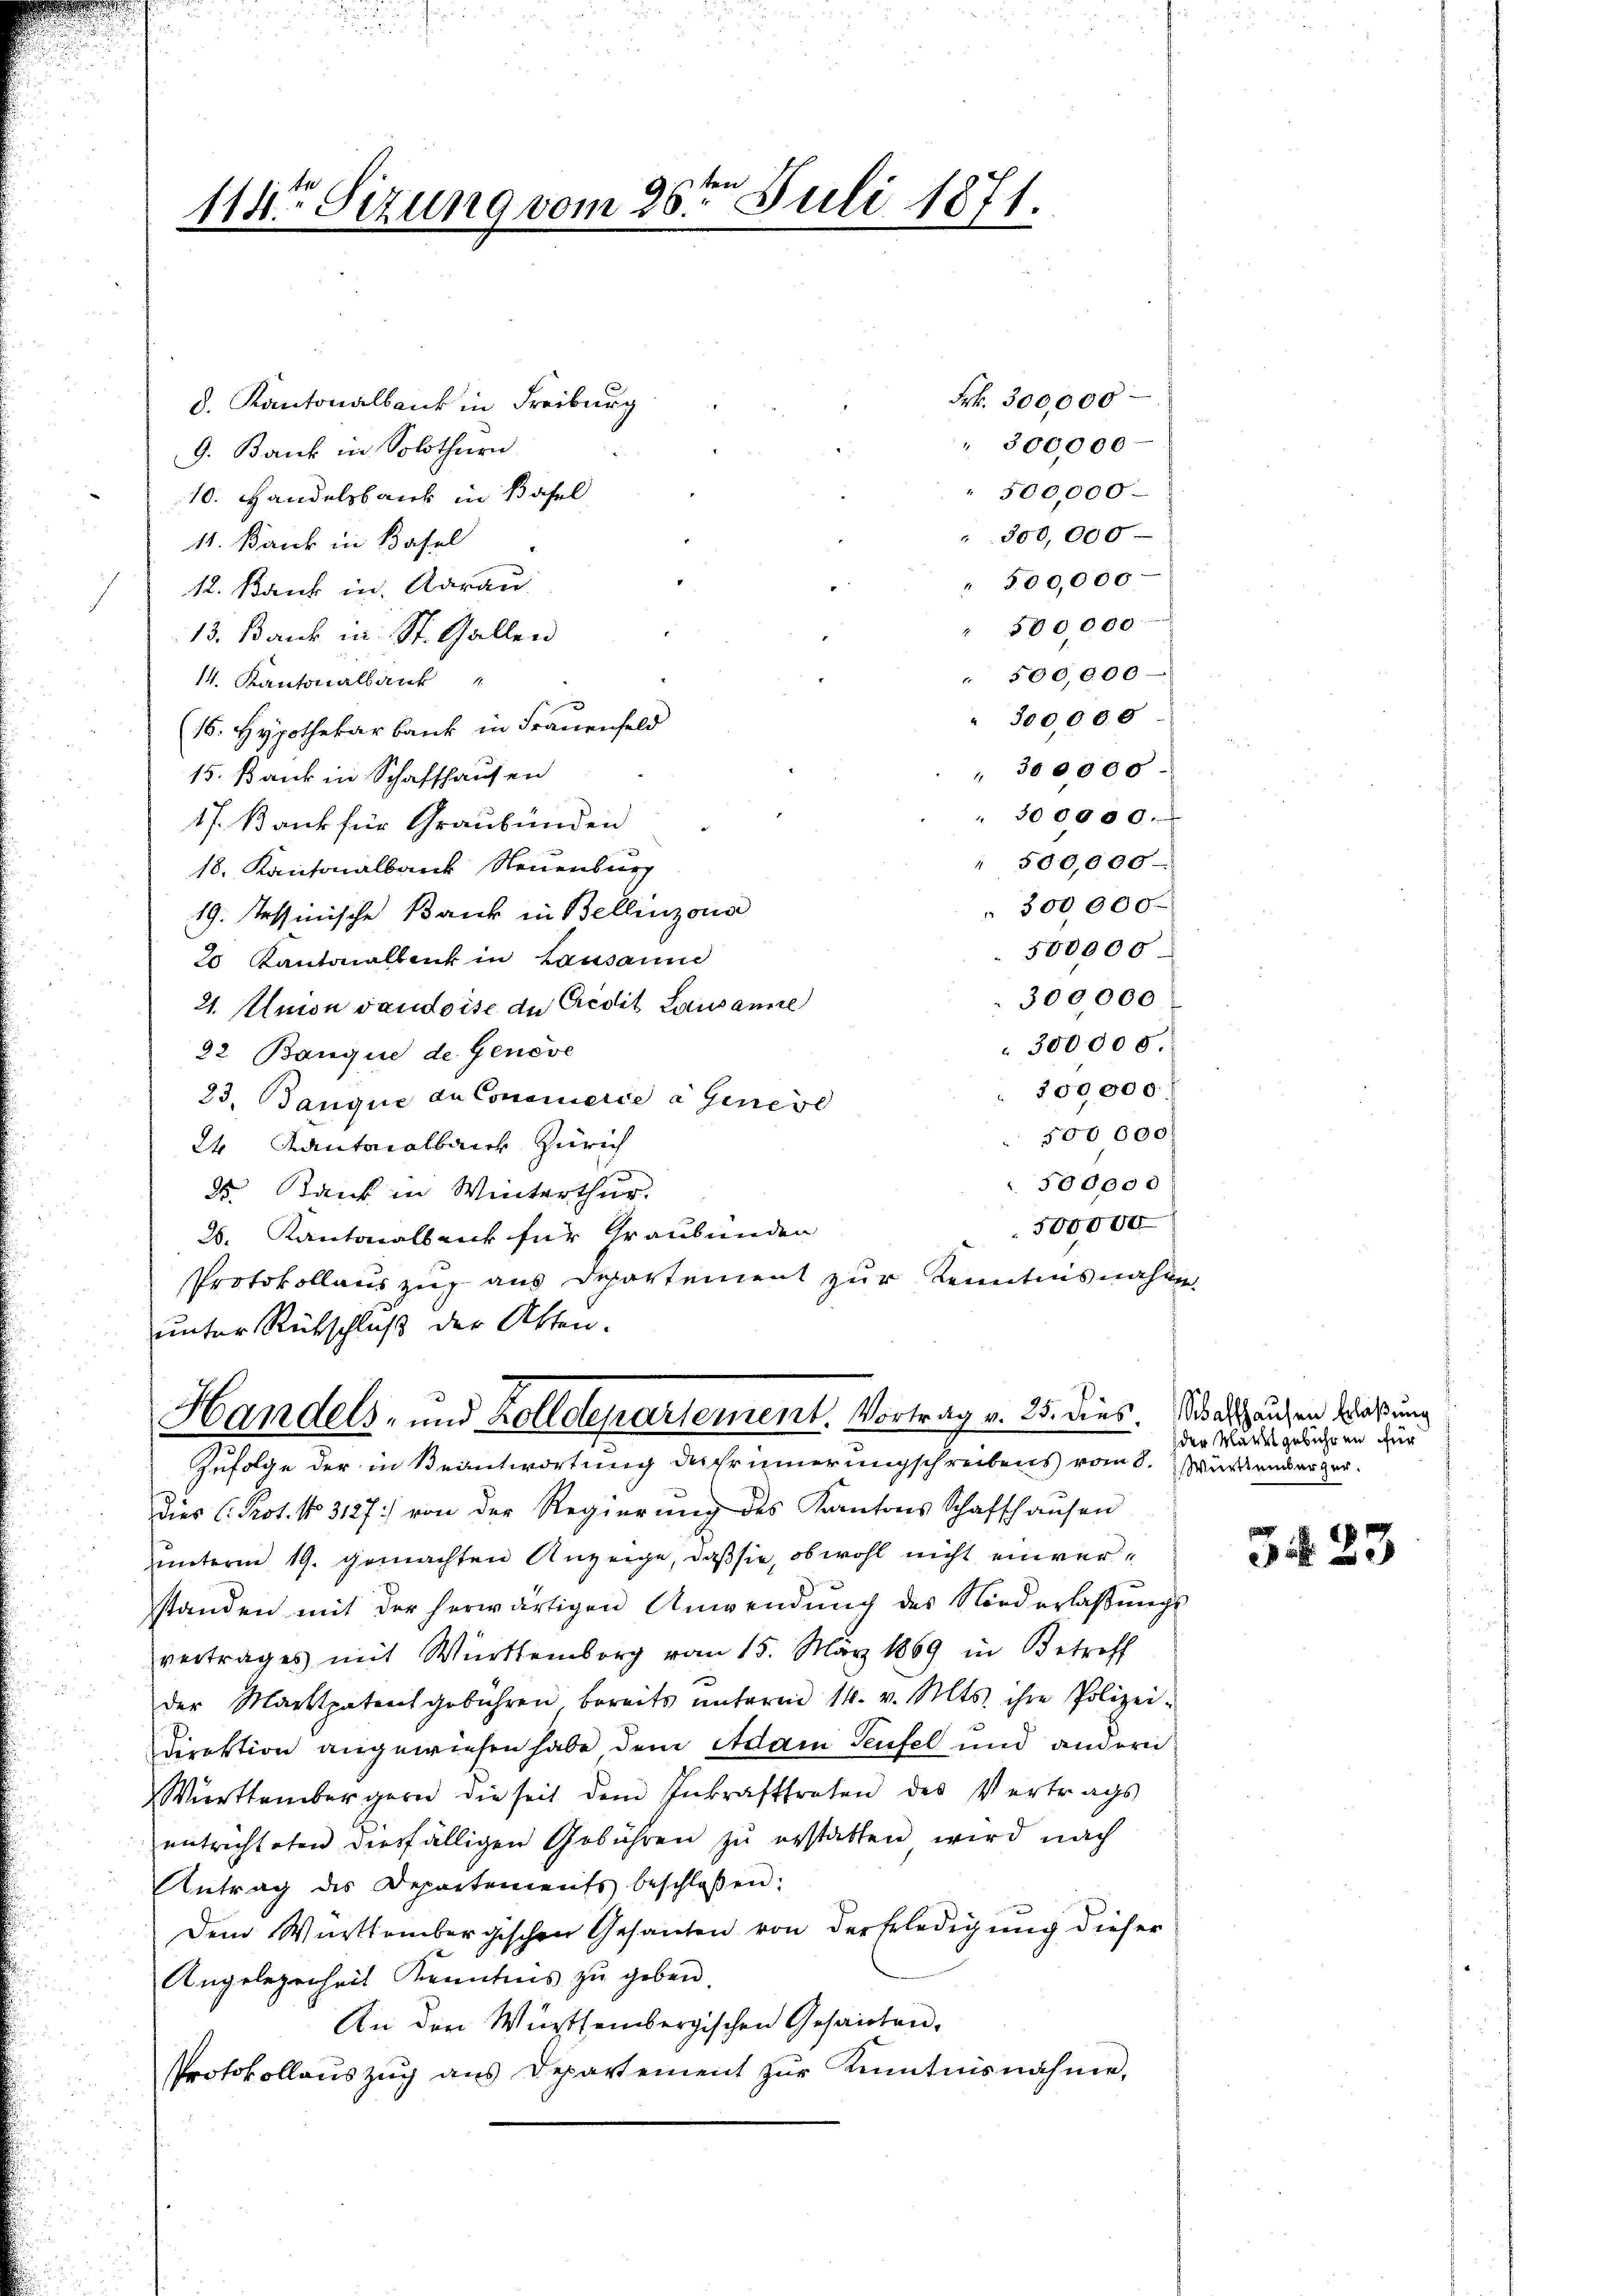
114ten Sizung vom 26ten Juli 1871.

8. Kantonalbank in Freiburg
9. Bank in Solothurn
10. Handelsbank in Basel
11. Bank in Basel
12. Rank in Aarau
500,000
13. Bank in St. Gallen
" 500,000
14. Kantonalbank

300,000
(16. Hypothekarbank in Frauenfeld
 300000
15. Bank in Schaffhausen
" 300000.
17. Bank für Graubünden
500,000.
18. Kantonalbar Neuenburg
" 300000-
19. Tessinische Bank in Bellinzona
500000
20 Kantonalbank in Lausanne
300,000
21. Union vaudoise de Credit Lausanne
300000.
22 Banque de Geneve
300000.
23. Banque an Concierce a Genere
500 000
24 Kantonalbaich Zürich
n
500000
35. Bank in Winterthur.
500,000
28. Kantonalbank für Graubünden
Protokollaus zug aus Departement zur Kenntnisnahme
unter Rückschluß der Atten.

Frk. 300,000
 300,000.
" 500,000.
300,000
" 500,000.

Handels- und Zolldepartement. Vortrag v. 25. dies. Das Hausen das ung
Zufolge der in Beantwortung des Erinnerungschreibens vom 8. Würtemberger.

dies C. Prot. No. 3127/ von der Regierŭng des Kantons Schaffhaŭsen
unterm 19. gemachten Anzeige, daß sie, obwohl nicht einverstanden mit der herwärtigen Anwendŭng des Niederlaβŭngs
vertrages mit Württemberg vom 15. März 1869 in Betreff
der Marktpatent gebühren bereits ŭnterm 14. v. Mts. ihre Polizei-
Direktion angewiesen habe dem Adam Teufel und andern
Württembergern die seit dem Inkrafttreten des Vertrags
entrichteten diesfälligen Gebühren zŭ erstatten wird nach
Antrag des Departements beschlossen:
Dem Württembergischen Gesanten von der Erledigung dieser
Angelegenheit Kenntnis zu geben.
An der Württembergischen Gesandten.
Protokollaŭszŭg ans Departement zŭr Kenntnisnahme,

der Marktgebühren für

3423